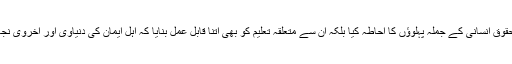
اس میں بیان کیا گیا ہے کہ اسلام نے نہ صرف حقوق انسانی کے جملہ پہلوؤں کا احاطہ کیا بلکہ ان سے متعلقہ تعلیم کو بھی اتنا قابل عمل بنایا کہ اہل ایمان کی دنیاوی اور اخروی نجات کا سامان ان تعلیمات پر عمل در آمد میں ہے۔